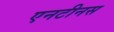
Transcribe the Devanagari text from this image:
एनटीनस